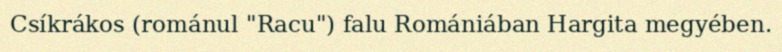
Csíkrákos (románul "Racu") falu Romániában Hargita megyében.